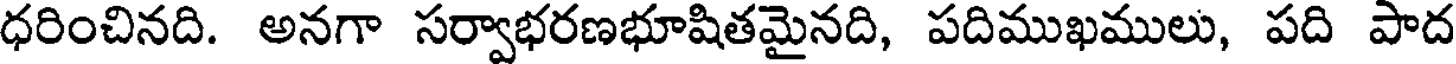
ధరించినది. అనగా సర్వాభరణభూషితమైనది, పదిముఖములు, పది పాద